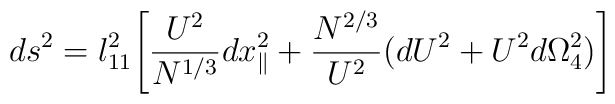
ds^2 = l_{11}^2  \Biggl[ {{U^2}\over{ N^{1/3}}}dx_\parallel^2 + \frac{{N}^{2/3}}{U^{2}} (dU^2 + U^2 d\Omega_{4}^2) \Biggr]